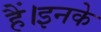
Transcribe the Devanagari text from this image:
हैं।इनके